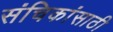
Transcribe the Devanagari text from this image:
संचिकांसाठी